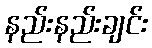
နည်းနည်းချင်း